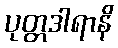
ပုတ္တဒါရာနိ